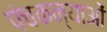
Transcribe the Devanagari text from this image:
पंचकन्याओं